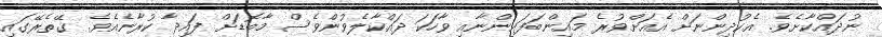
ނުދައްކާށެވެ. އެކުދިންނަށް އެއަށްވުރެ މައިންބަފައިންނާއި ވާހަކަ ދައްކާލެވުންވެސް މާބޮޑަށް ފައިދާ ކުރާނެއެވެ. ގޭތެރޭގައި